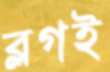
ব্লগই